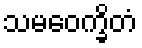
သမဝေက္ခိတံ